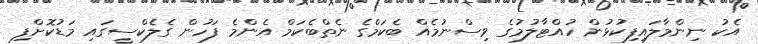
އެކު ނިންމާލައިފިކުޅުން ހުއްޓާލުމުގެ ވިސްނުމެއް ބެކަމްގެ ނެތްބެކަމް އެންމެ ފަހުން ގެލެކްސީގައި މަޑުކޮށްފި